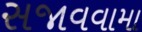
સજાવવામા